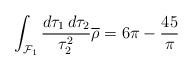
LaTeX: \begin{align*}\int_{{\cal F}_1}\frac{d\tau_1 \, d\tau_2}{\tau_2^2}\overline{\rho}= 6\pi-\frac{45}{\pi}\end{align*}